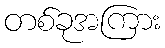
တစ်ခုအကြား